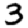
Digit: 3